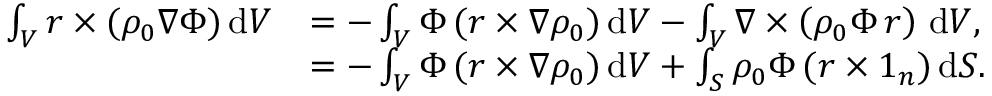
\begin{array} { r l } { \int _ { V } \boldsymbol { r } \times ( \rho _ { 0 } \nabla \Phi ) \, \mathrm { d } V } & { = - \int _ { V } \Phi \, ( \boldsymbol { r } \times \nabla \rho _ { 0 } ) \, \mathrm { d } V - \int _ { V } \nabla \times \left( \rho _ { 0 } \Phi \, \boldsymbol { r } \right) \, \mathrm { d } V , } \\ & { = - \int _ { V } \Phi \, ( \boldsymbol { r } \times \nabla \rho _ { 0 } ) \, \mathrm { d } V + \int _ { S } \rho _ { 0 } \Phi \, ( \boldsymbol { r } \times \boldsymbol { 1 } _ { n } ) \, \mathrm { d } S . } \end{array}